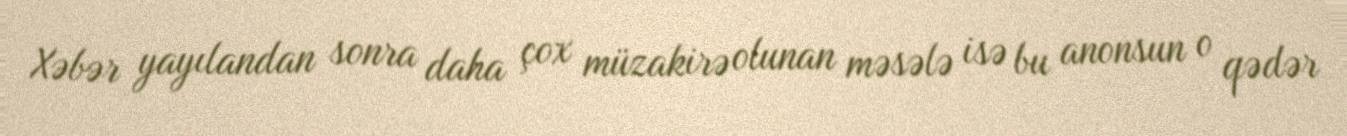
Xəbər yayılandan sonra daha çox müzakirə olunan məsələ isə bu anonsun o qədər